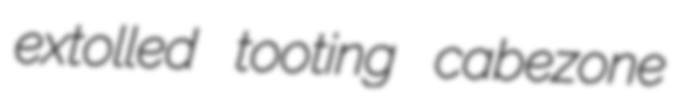
extolled tooting cabezone